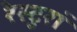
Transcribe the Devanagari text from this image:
रेस्टुरां